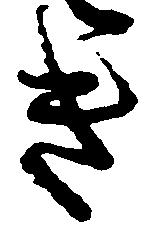
き